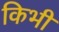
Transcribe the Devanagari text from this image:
किभी